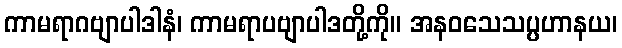
ကာမရာဂဗျာပါဒါနံ၊ ကာမရာပဗျာပါဒတို့ကို။ အနဝသေသပ္ပဟာနယ၊